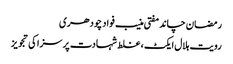
رمضان چاند مفتی منیب فواد چودھری
رویت ہلال ایکٹ ، غلط شہادت پر سزا کی تجویز